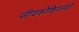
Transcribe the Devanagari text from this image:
जीवकोशिकाओं